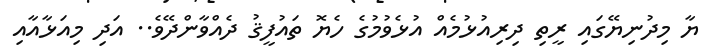
ޔާ މިދުނިޔޭގައި ރީތި ދިރިއުޅުމެއް އުޅެވުމުގެ ހެޔޮ ތައުފީޤު ދެއްވާންދޭވެ.. އަދި މިއަޅާއާއި